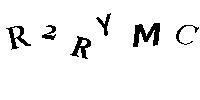
R2RYMC